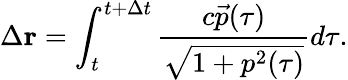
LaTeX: \Delta\mathbf{r}=\int_{t}^{t+\Delta t}\frac{c\vec{p}(\tau)}{\sqrt{1+p^{2}(\tau)}}d\tau.